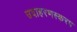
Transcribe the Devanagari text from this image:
उदाहरणस्करप